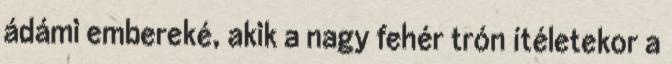
ádámi embereké, akik a nagy fehér trón ítéletekor a